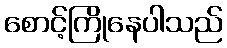
စောင့်ကြိုနေပါသည်